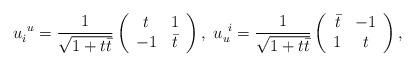
LaTeX: \begin{align*}u_i^{\ u}=\frac{1}{\sqrt{1+t\bar{t}}}\left( \begin{array}{cc} t&1\\ -1 &\bar{t}\end{array} \right), \ u_u^{\ i}=\frac{1}{\sqrt{1+t\bar{t}}}\left( \begin{array}{cc} \bar{t} & -1\\ 1 & t\end{array} \right),\end{align*}